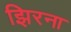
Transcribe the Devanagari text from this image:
झिरना